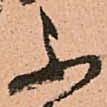
不